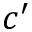
c ^ { \prime }